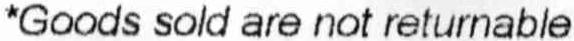
*GOODS SOLD ARE NOT RETURNABLE